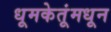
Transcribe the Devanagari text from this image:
धूमकेतूंमधून